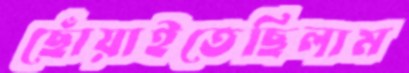
ছোঁয়াইতেছিলাম